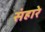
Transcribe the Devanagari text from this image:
संहारे